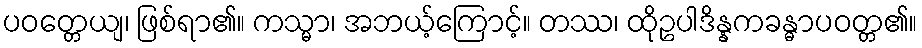
ပဝတ္တေယျ၊ ဖြစ်ရာ၏။ ကသ္မာ၊ အဘယ့်ကြောင့်။ တဿ၊ ထိုဥပါဒိန္နကခန္ဓာပဝတ္တ၏။